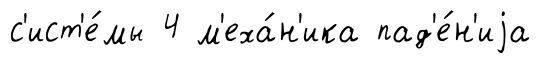
с'ист'е́мы 4 м'еха́н'ика пад'е́н'иjа